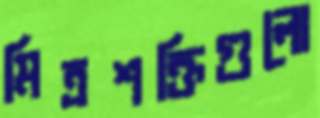
মিত্রশক্তিগুলো